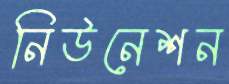
নিউনেশন